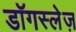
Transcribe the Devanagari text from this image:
डॉगस्लेज़